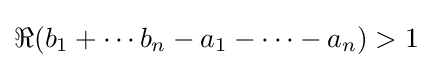
\Re (b_{1}+\cdots b_{n}-a_{1}-\cdots -a_{n})>1